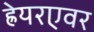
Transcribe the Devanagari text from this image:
ह्रेयरएवर